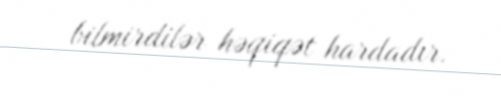
bilmirdilər həqiqət hardadır.